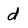
Character: d